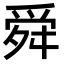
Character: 舜